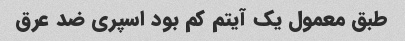
طبق معمول یک آیتم کم بود اسپری ضد عرق